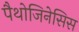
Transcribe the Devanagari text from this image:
पैथोजिनेसिस